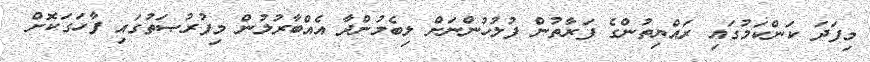
މިފަދަ ކަންކަމުގައި ރައްޔިތުންގެ ފަރާތުން ފުލުހުންނަށް ލިބެމުންދާ އެއްބާރުލުން މިފުރުޞަތުގައި ފާހަގަކޮށް